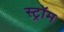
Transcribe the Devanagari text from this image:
स्ट्रॉम